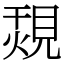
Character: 覝